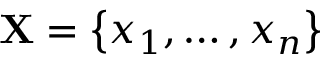
\mathbf { X } = \left\lbrace x _ { 1 } , \dots , x _ { n } \right\rbrace